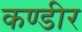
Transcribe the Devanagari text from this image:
कण्डीर